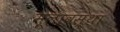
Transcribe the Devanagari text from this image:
मूलावस्था